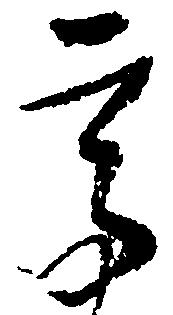
高